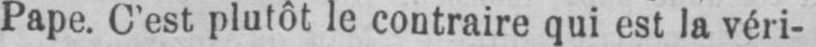
Pape. C’est plutôt le contraire qui est la véri-